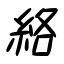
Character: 絡